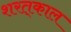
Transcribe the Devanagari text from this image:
शरत्‌काल